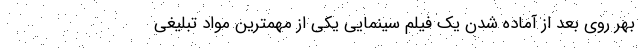
بهر روی بعد از آماده شدن یک فیلم سینمایی یکی از مهمترین مواد تبلیغی